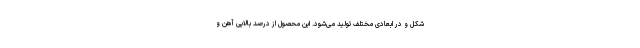
شکل و در ابعادی مختلف تولید می‌شود. این محصول از درصد بالایی آهن و